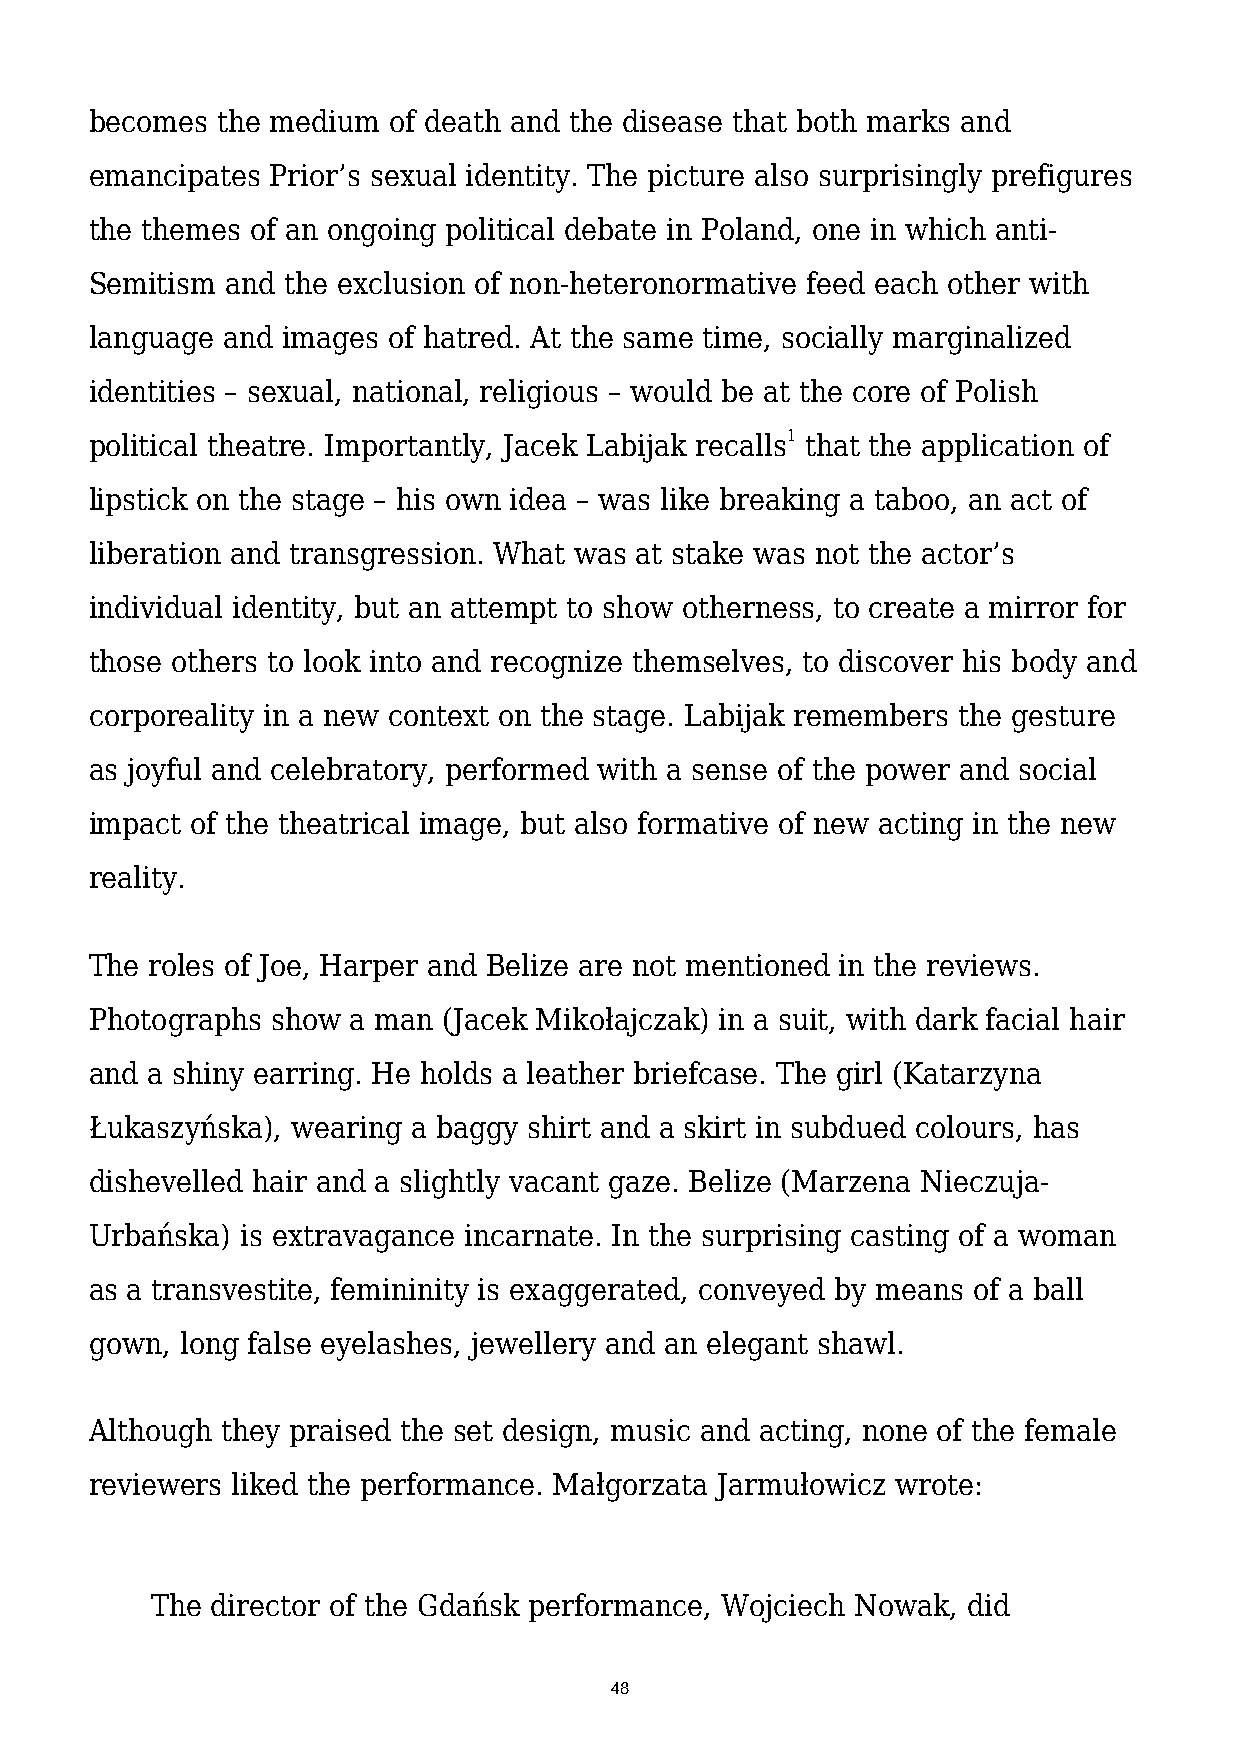
becomes the medium  of death and the disease that both marks and
 emancipates Prior’s sexual identity. The picture also surprisingly prefigures
 the themes of an ongoing political debate in Poland, one in which anti-
 Semitism and the exclusion of non-heteronormative feed each other with
 language and images of hatred. At the same time, socially marginalized
 identities – sexual, national, religious – would be at the core of Polish
 political theatre. Importantly, Jacek Labijak recalls1 that the application of
 lipstick on the stage – his own idea – was like breaking a taboo, an act of
 liberation and transgression. What was at stake was not the actor’s
 individual identity, but an attempt to show otherness, to create a mirror for
 those others to look into and recognize themselves, to discover his body and
 corporeality in a new context on the stage. Labijak remembers the gesture
 as joyful and celebratory, performed with a sense of the power and social
 impact of the theatrical image, but also formative of new acting in the new
 reality.
 The roles of Joe, Harper and Belize are not mentioned in the reviews.
 Photographs show a man (Jacek Mikołajczak) in a suit, with dark facial hair
 and a shiny earring. He holds a leather briefcase. The girl (Katarzyna
 Łukaszyńska), wearing a baggy shirt and a skirt in subdued colours, has
 dishevelled hair and a slightly vacant gaze. Belize (Marzena Nieczuja-
 Urbańska) is extravagance incarnate. In the surprising casting of a woman
 as a transvestite, femininity is exaggerated, conveyed by means of a ball
 gown, long false eyelashes, jewellery and an elegant shawl.
 Although they praised the set design, music and acting, none of the female
 reviewers liked the performance. Małgorzata Jarmułowicz wrote:
 The director of the Gdańsk performance, Wojciech Nowak, did
 48